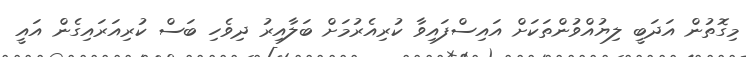
މިގޮތުން އަދަބީ ލިޔުއްވުންތަކަށް އައިސްފައިވާ ކުރިއެރުމަށް ބަލާއިރު ދިވެހި ބަސް ކުރިއަރައިގެން އައީ